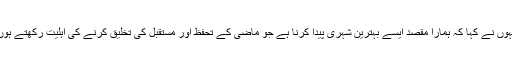
انہوں نے کہا کہ ہمارا مقصد ایسے بہترین شہری پیدا کرنا ہے جو ماضی کے تحفظ اور مستقبل کی تخلیق کرنے کی اہلیت رکھتے ہوں۔